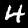
Label: 4